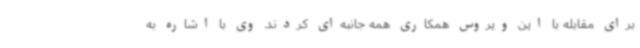
برای مقابله با این ویروس همکاری همه جانبه‌ای کردند. وی با اشاره به